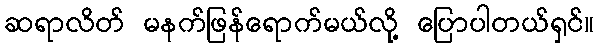
ဆရာလိတ် မနက်ဖြန်ရောက်မယ်လို့ ပြောပါတယ်ရှင်။